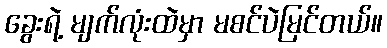
ခွေးရဲ့ မျက်လုံးထဲမှာ မစင်ပဲမြင်တယ်။